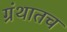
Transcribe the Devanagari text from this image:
ग्रंथातच